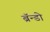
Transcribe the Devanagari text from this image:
ब्रॅन्डो